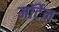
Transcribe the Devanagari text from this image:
मॉर्टेन